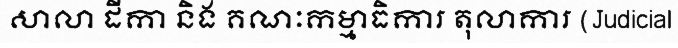
សាលា ដីកា និង គណៈកម្មាធិការ តុលាការ (Judicial